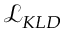
\mathcal { L } _ { K L D }